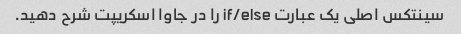
سینتکس اصلی یک عبارت if/else را در جاوا اسکریپت شرح دهید.